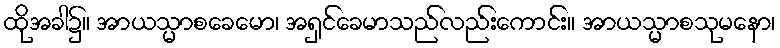
ထိုအခါ၌။ အာယသ္မာစခေမော၊ အရှင်ခေမာသည်လည်းကောင်း။ အာယသ္မာစသုမနော၊